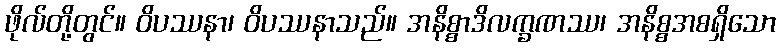
ဖိုလ်တို့တွင်။ ဝိပဿနာ၊ ဝိပဿနာသည်။ အနိစ္စာဒိလက္ခဏဿ၊ အနိစ္စအစရှိသော